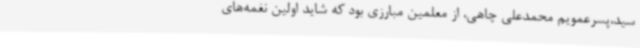
سید،پسرعمویم محمدعلی چاهی، از معلمین مبارزی بود که شاید اولین نغمه‌های